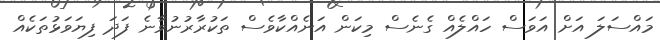
މައްސަލަ އަށް އަވަސް ހައްލެއް ގެނެސް މިކަން އަނެއްކާވެސް ތަކުރާރުނުވާނެ ފަދަ ފިޔަވަޅުތަކެއް